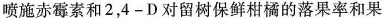
喷施赤霉素和 2，4 - D 对留树保鲜柑橘的落果率和果